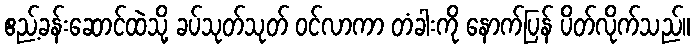
ဧည့်ခန်းဆောင်ထဲသို့ ခပ်သုတ်သုတ် ဝင်လာကာ တံခါးကို နောက်ပြန် ပိတ်လိုက်သည်။